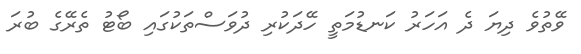
ވޭތުވެ ދިޔަ ދެ އަހަރު ކަނޑުމަތީ ހޭދަކުރި ދުވަސްތަކުގައި ބޯޓު ތެރޭގެ ބުރަ